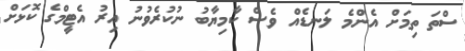
ސްތަ ތިމަށް އެންމެ ލަނޑެއް ވެސް ކާމިޔާބު ނުކުރެވުނު އިރު އެޓީމްގެ ކޮޅަށް